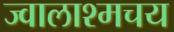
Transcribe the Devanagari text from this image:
ज्वालाश्मचय